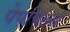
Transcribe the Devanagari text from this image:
पेपपिल्स